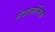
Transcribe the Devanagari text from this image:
मेवालोनिक